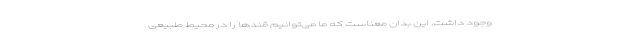
وجود داشت. این بدان معناست که ما می‌توانیم قندها را در محیط طبیعی